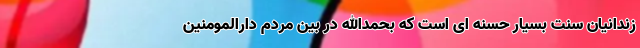
زندانیان سنت بسیار حسنه ای است که بحمدالله در بین مردم دارالمومنین